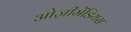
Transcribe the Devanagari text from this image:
ओज़ीमेंडियस